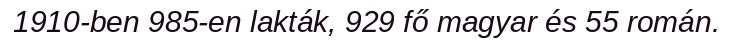
1910-ben 985-en lakták, 929 fő magyar és 55 román.